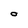
Character: 0